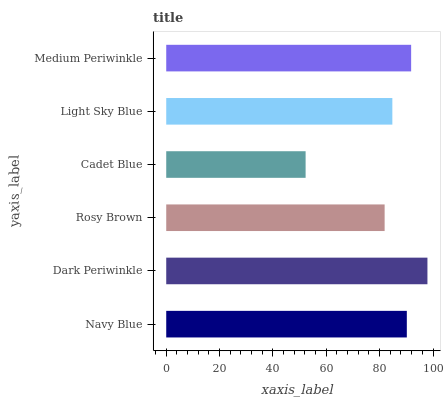
| yaxis_label | bars |
 | --- | --- |
 | Navy Blue | 90.2 |
 | Dark Periwinkle | 97.9 |
 | Rosy Brown | 81.9 |
 | Cadet Blue | 52.2 |
 | Light Sky Blue | 84.8 |
 | Medium Periwinkle | 91.8 |